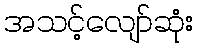
အသင့်လျော်ဆုံး